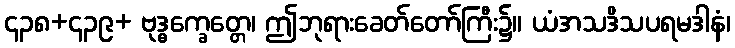
၄၃၈+၄၃၉+ ဗုဒ္ဓက္ခေတ္တေ၊ ဤဘုရားခေတ်တော်ကြီး၌။ ယံအသဒိသပရမဒါနံ၊